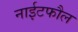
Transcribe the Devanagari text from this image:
नाईटफौल